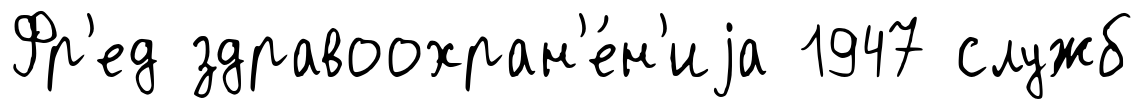
Фр'ед здравоохран'е́н'иjа 1947 служб